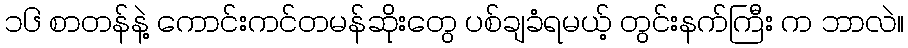
၁၆ စာတန်နဲ့ ကောင်းကင်တမန်ဆိုးတွေ ပစ်ချခံရမယ့် တွင်းနက်ကြီး က ဘာလဲ။